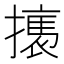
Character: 𢴶